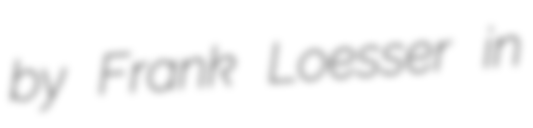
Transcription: by Frank Loesser in